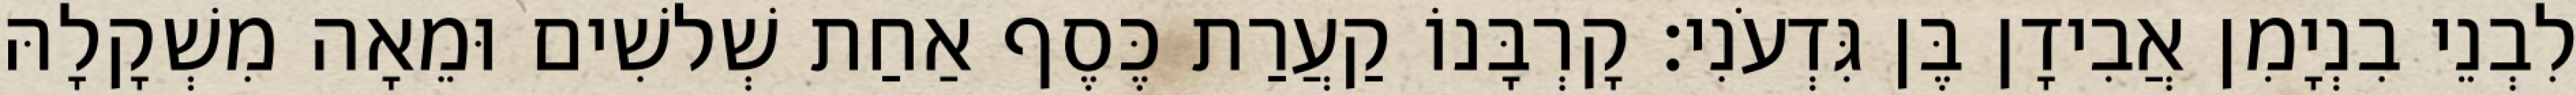
לִבְנֵי בִנְיָמִן אֲבִידָן בֶּן גִּדְעֹנִי׃ קָרְבָּנוֹ קַעֲרַת כֶּסֶף אַחַת שְׁלשִׁים וּמֵאָה מִשְׁקָלָהּ